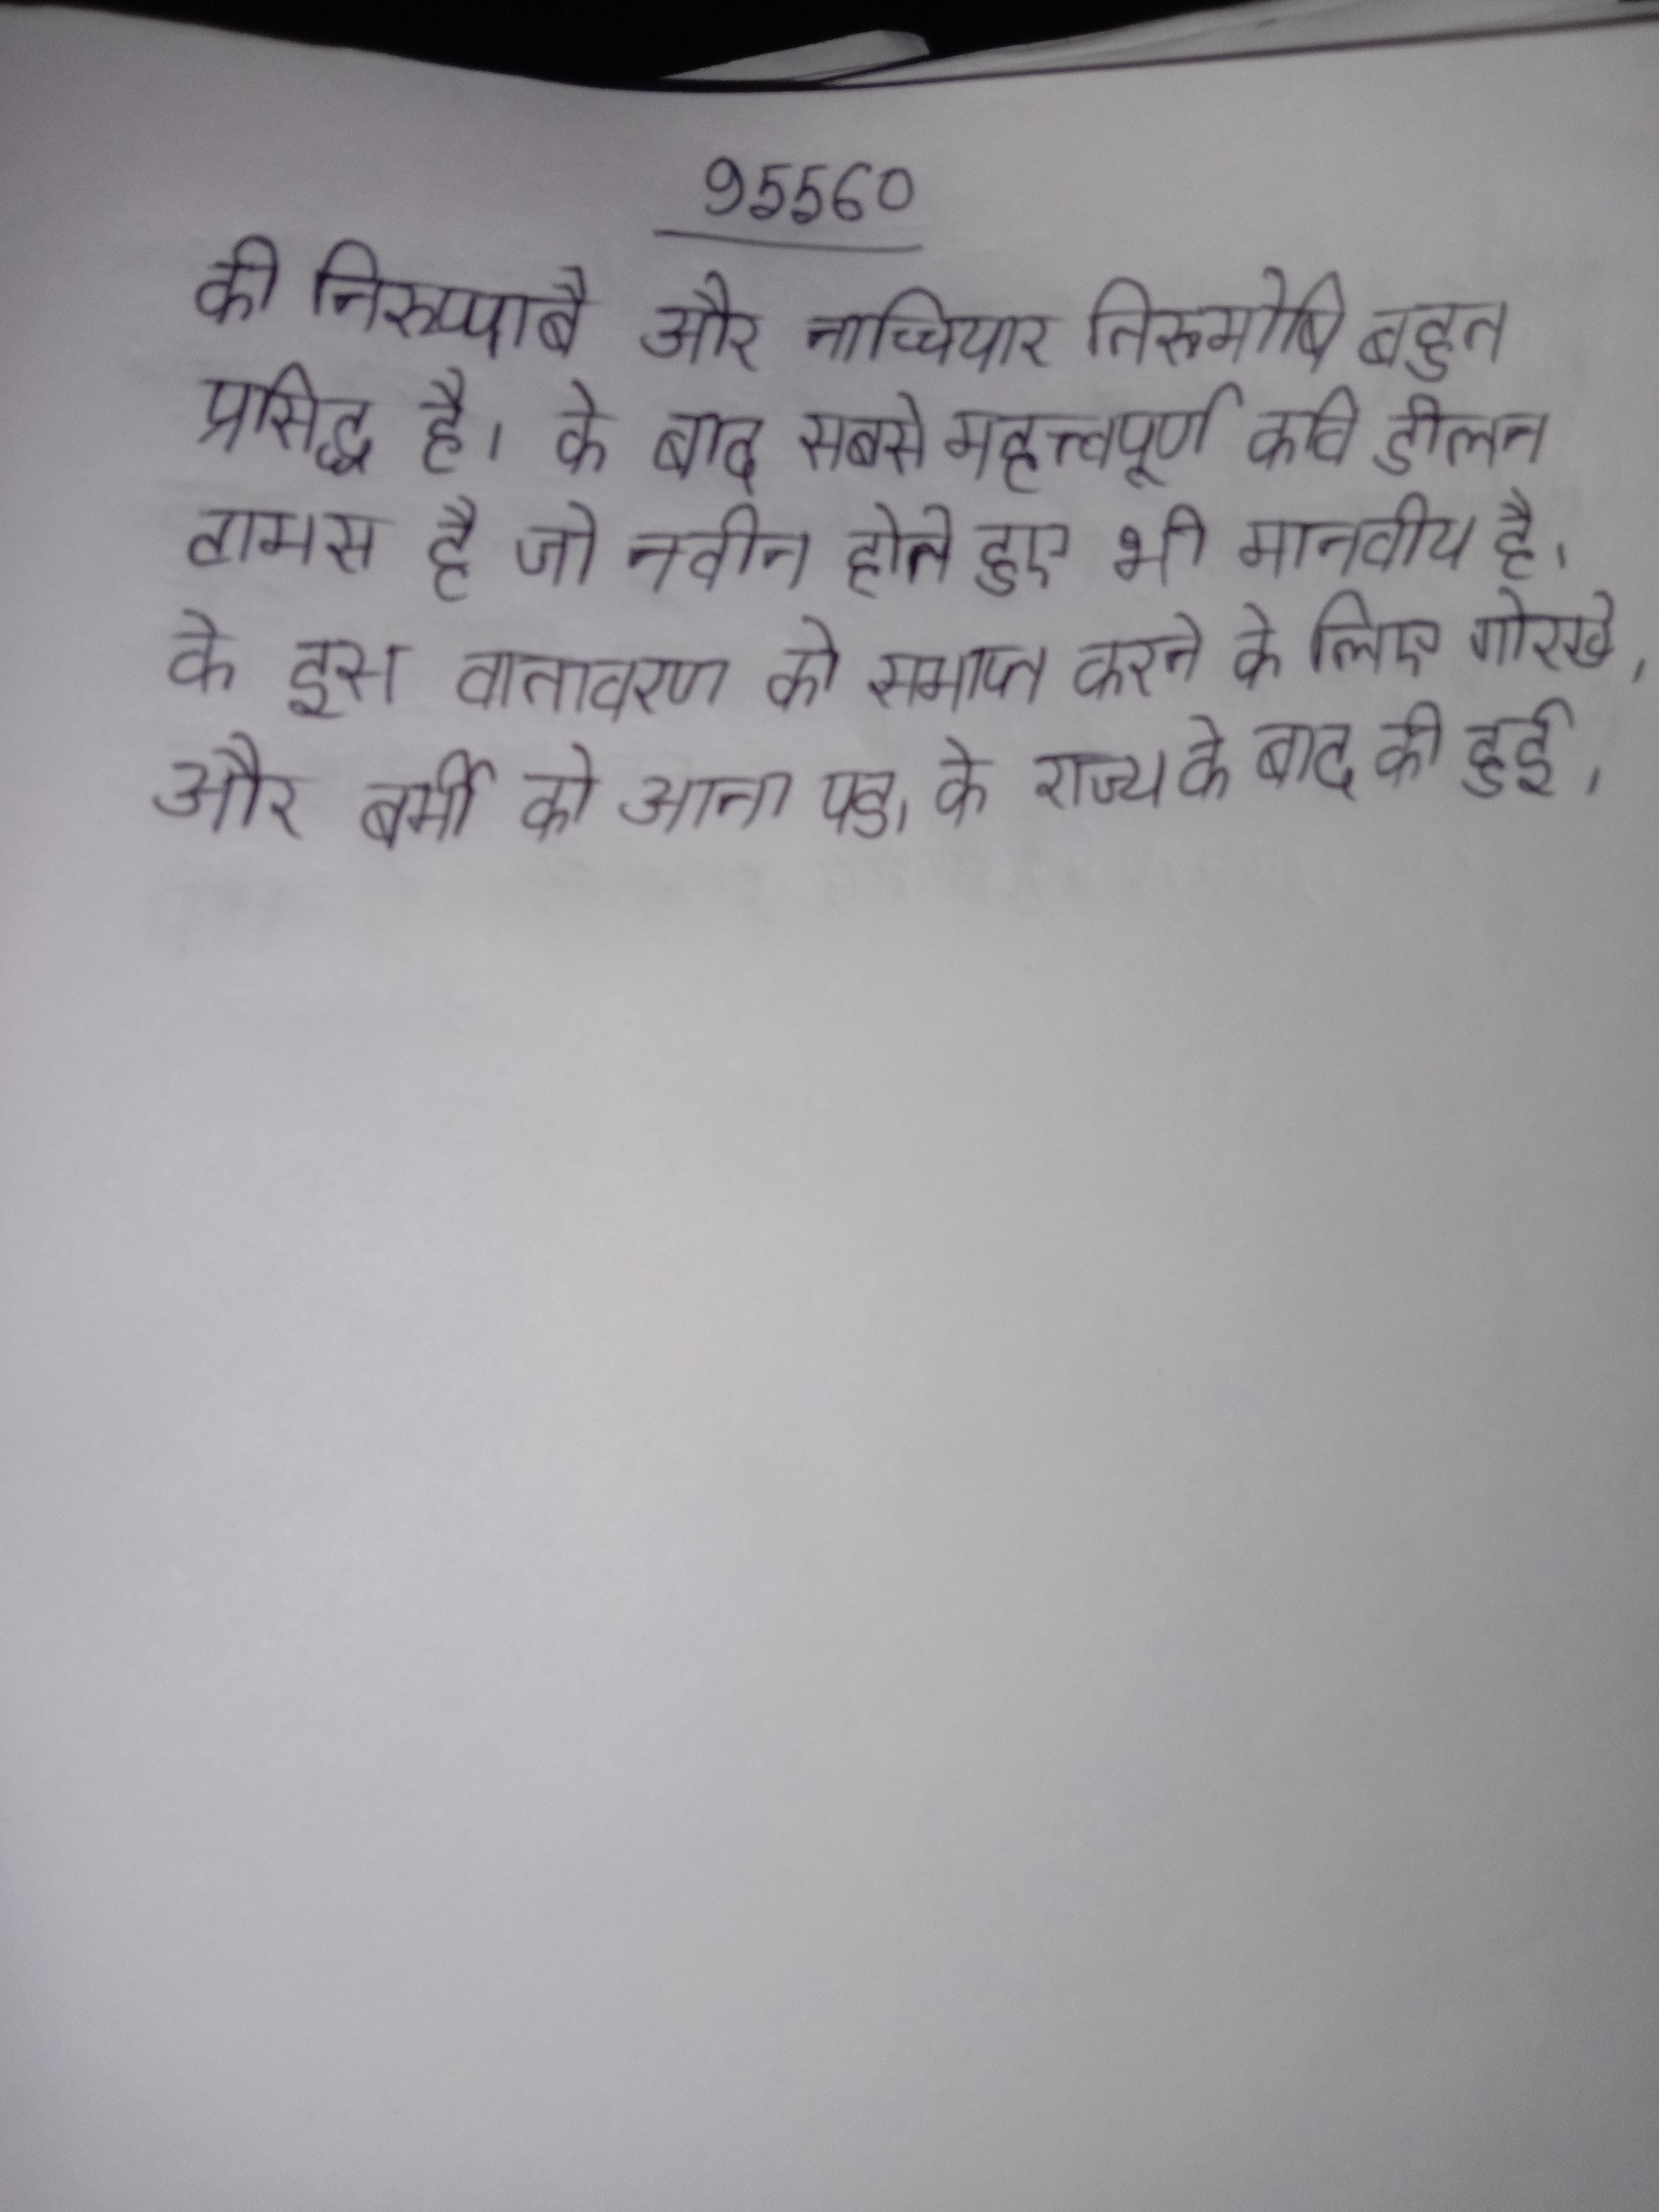
की निरुप्पाबै और नाच्चियार तिरुमोषि बहुत प्रसिद्ध है । के बाद सबसे महत्त्वपूर्ण कवि डीलन टामस है जो नवीन होते हुए भी मानवीय है । के इस वातावरण को समाप्त करने के लिए गोरखे, और बर्मी को आना पड । के राज्य के बाद की हुई ।